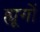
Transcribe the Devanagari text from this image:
ह्यूगों